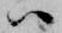
ハ